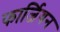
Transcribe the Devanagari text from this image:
फार्जियन